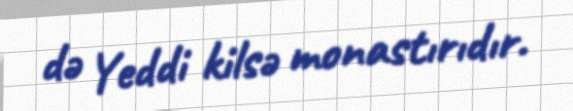
də Yeddi kilsə monastırıdır.